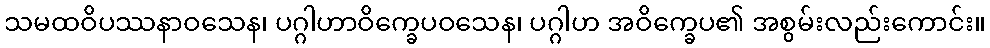
သမထဝိပဿနာဝသေန၊ ပဂ္ဂါဟာဝိက္ခေပဝသေန၊ ပဂ္ဂါဟ အဝိက္ခေပ၏ အစွမ်းလည်းကောင်း။